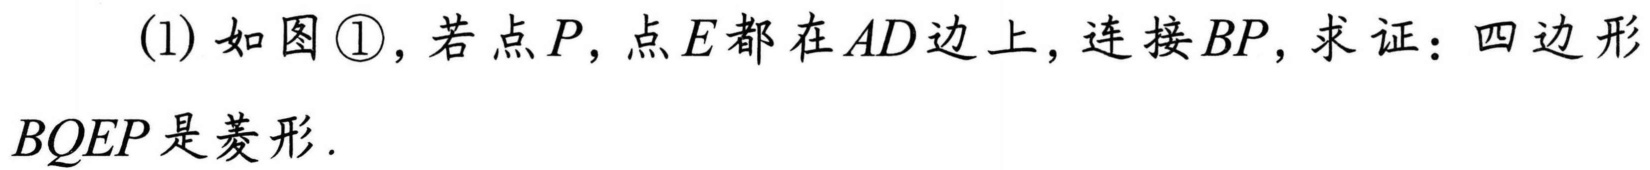
(1) 如图\textcircled{1}，若点\(P\)，点\(E\)都在\(AD\)边上，连接\(BP\)，求证：四边形\(BQEP\)是菱形.